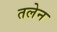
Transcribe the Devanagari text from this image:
तलेन